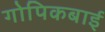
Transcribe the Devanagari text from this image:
गोपिकबाई